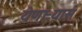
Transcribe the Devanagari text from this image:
येणाऱ्यास